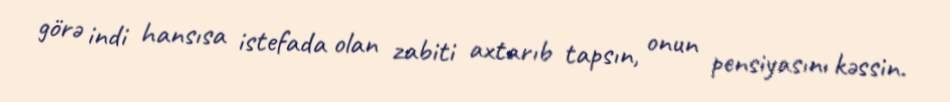
görə indi hansısa istefada olan zabiti axtarıb tapsın, onun pensiyasını kəssin.